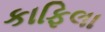
કાફિલા